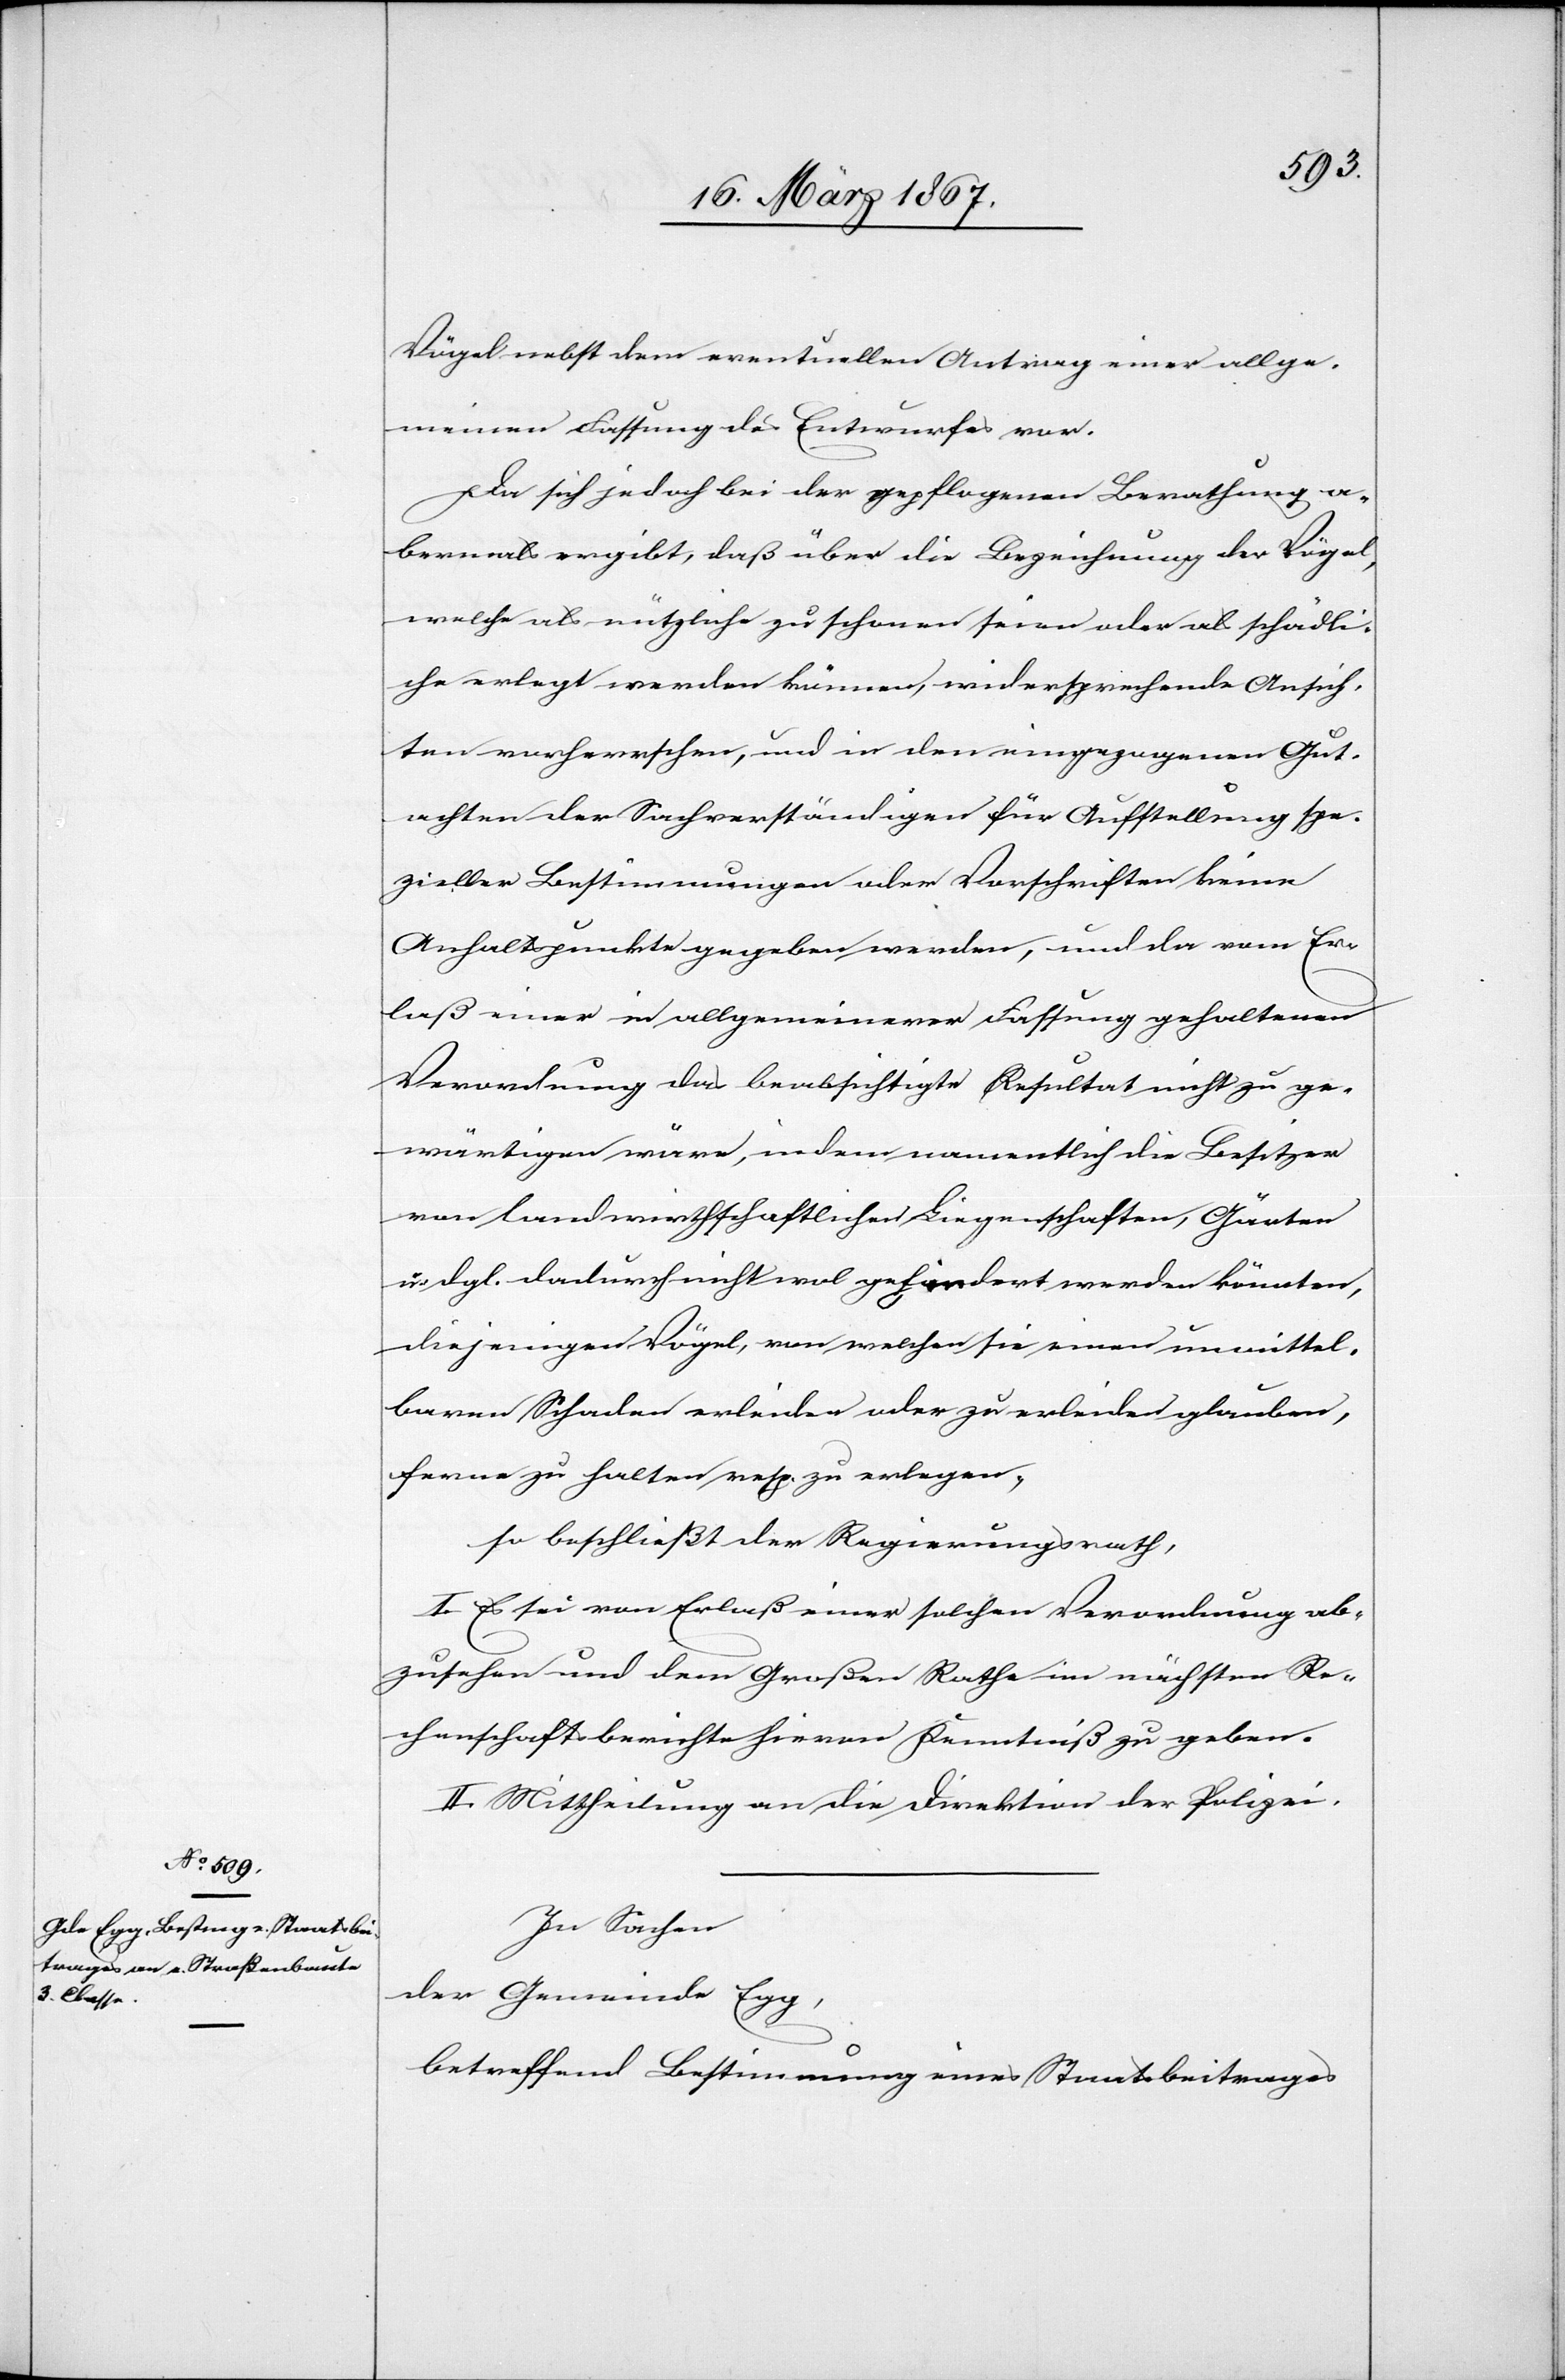
Vögel nebst dem eventuellen Antrag einer allge¬
meinen Fassung des Entwurfes vor.
Da sich jedoch bei der gepflogenen Berathung a¬
bermals ergibt, daß über die Bezeichnung der Vögel,
welche als nützliche zu schonen seien oder als schädli¬
che erlegt werden können, widersprechende Ansich¬
ten vorherrschen, und in den eingezogenen Gut¬
achten der Sachverständigen für Aufstellung spe¬
zieller Bestimmungen oder Vorschriften keine
Anhaltspunkte gegeben werden, und da vom Er¬
laß einer in allgemeinerer Fassung gehaltenen
Verordnung das beabsichtigte Resultat nicht zu ge¬
wärtigen wäre, indem namentlich die Besitzer
von landwirthschaftlichen Liegenschaften, Gärten
u. dgl. dadurch nicht wol gefördert werden könnten,
diejenigen Vögel, von welchen sie einen unmittel¬
baren Schaden erleiden oder zu erleiden glauben,
ferne zu halten, resp. zu erlegen,
so beschließt der Regierungsrath,
I. Es sei von Erlaß einer solchen Verordnung ab¬
zusehen und dem Großen Rathe im nächsten Re¬
chenschaftsberichte hievon Kenntniß zu geben.
II. Mittheilung an die Direktion der Polizei.
In Sachen
der Gemeinde Egg,
betreffend Bestimmung eines Staatsbeitrages